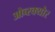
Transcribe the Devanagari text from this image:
ओब्स्क्योर